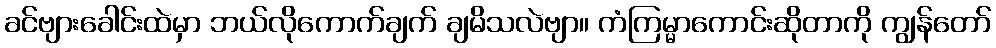
ခင်ဗျားခေါင်းထဲမှာ ဘယ်လိုကောက်ချက် ချမိသလဲဗျာ။ ကံကြမ္မာကောင်းဆိုတာကို ကျွန်တော်